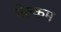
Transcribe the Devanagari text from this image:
मेल्‍कम